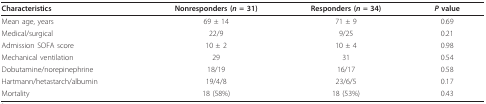
<table><thead><tr><td><b>Characteristics</b></td><td><b>Nonresponders (<i>n </i>= 31)</b></td><td><b>Responders (<i>n </i>= 34)</b></td><td><b><i>P </i>value</b></td></tr></thead><tbody><tr><td>Mean age, years</td><td>69 ± 14</td><td>71 ± 9</td><td>0.69</td></tr><tr><td>Medical/surgical</td><td>22/9</td><td>9/25</td><td>0.21</td></tr><tr><td>Admission SOFA score</td><td>10 ± 2</td><td>10 ± 4</td><td>0.98</td></tr><tr><td>Mechanical ventilation</td><td>29</td><td>31</td><td>0.54</td></tr><tr><td>Dobutamine/norepinephrine</td><td>18/19</td><td>16/17</td><td>0.58</td></tr><tr><td>Hartmann/hetastarch/albumin</td><td>19/4/8</td><td>23/6/5</td><td>0.17</td></tr><tr><td>Mortality</td><td>18 (58%)</td><td>18 (53%)</td><td>0.43</td></tr></tbody></table>